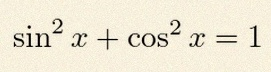
\sin^2x+\cos^2x=1